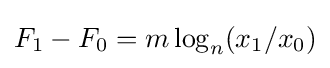
F_{1}-F_{0}=m\log _{n}(x_{1}/x_{0})